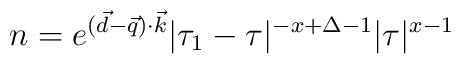
n=e^{(\vec{d}-\vec{q})\cdot\vec{k}}|\tau_{1}-\tau|^{-x+\Delta-1}|\tau|^{x-1}